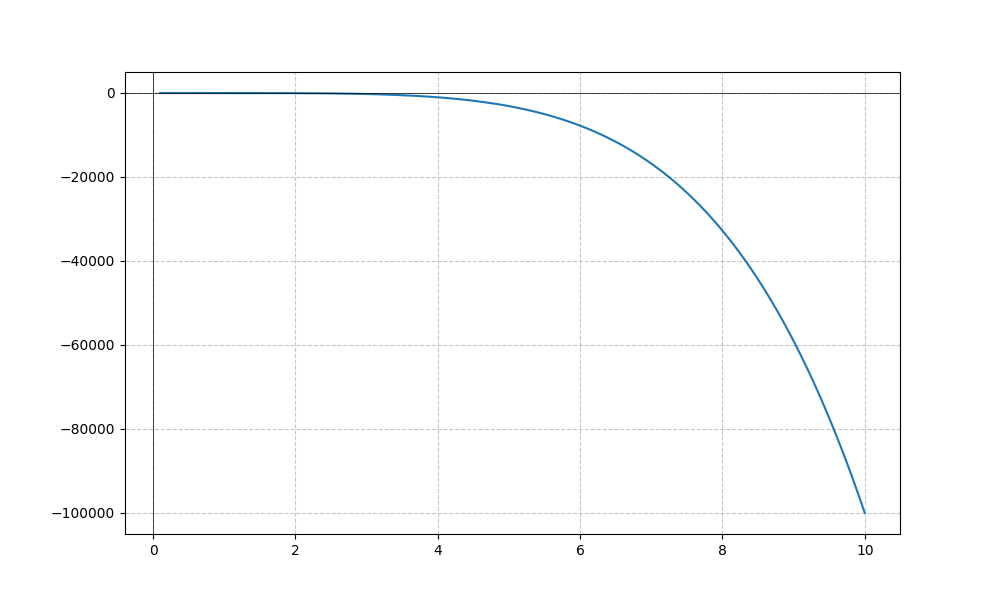
LaTeX formula: - x^{5} - \operatorname{acot}{\left(x \right)}